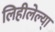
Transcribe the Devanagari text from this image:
लिहीलेल्या्